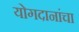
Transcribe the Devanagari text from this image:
योगदानांचा